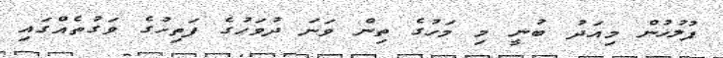
ފުލުހުން މިއަދު ބުނީ މި މަހުގެ ތިން ވަނަ ދުވަހުގެ ފަތިހުގެ ވަގުތެއްގައި